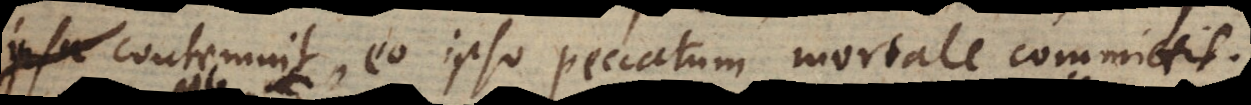
contemnit, eo ipso peccatum mortale committit.